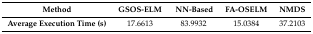
| Method | GSOS-ELM | NN-Based | FA-OSELM | NMDS |
 | --- | --- | --- | --- | --- |
 | Average Execution Time (s) | 17.6613 | 83.9932 | 15.0384 | 37.2103 |